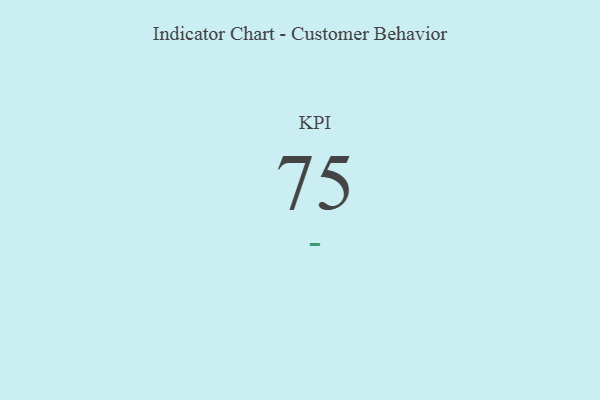
{"axis": {"x": "KPI", "y": "Value"}, "legend": [""], "data": [{"x": "KPI", "y": 75, "type": ""}]}